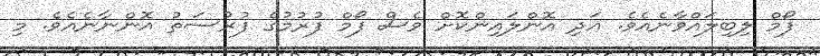
ފޯމް ލިބިލައްވާނެއެވެ. އަދި އޮންލައިންކޮށް ވެސް ފޯމް ފުރުމުގެ ފުރުސަތު އޮންނާނެއެވެ. މި